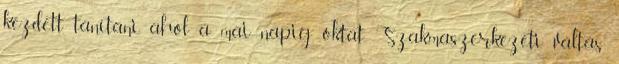
kezdett tanítani, ahol a mai napig oktat. Szakmaszerkezeti váltás